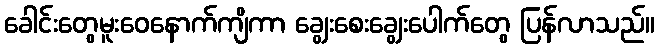
ခေါင်းတွေမူးဝေနောက်ကျိကာ ချွေးစေးချွေးပေါက်တွေ ပြန်လာသည်။